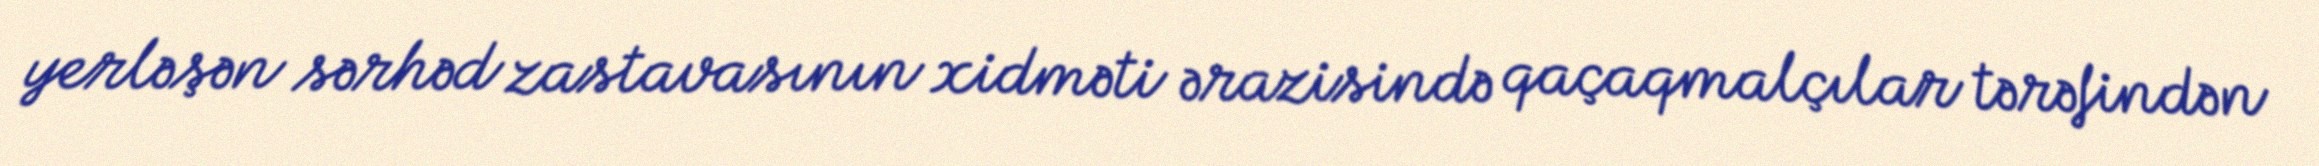
yerləşən sərhəd zastavasının xidməti ərazisində qaçaqmalçılar tərəfindən